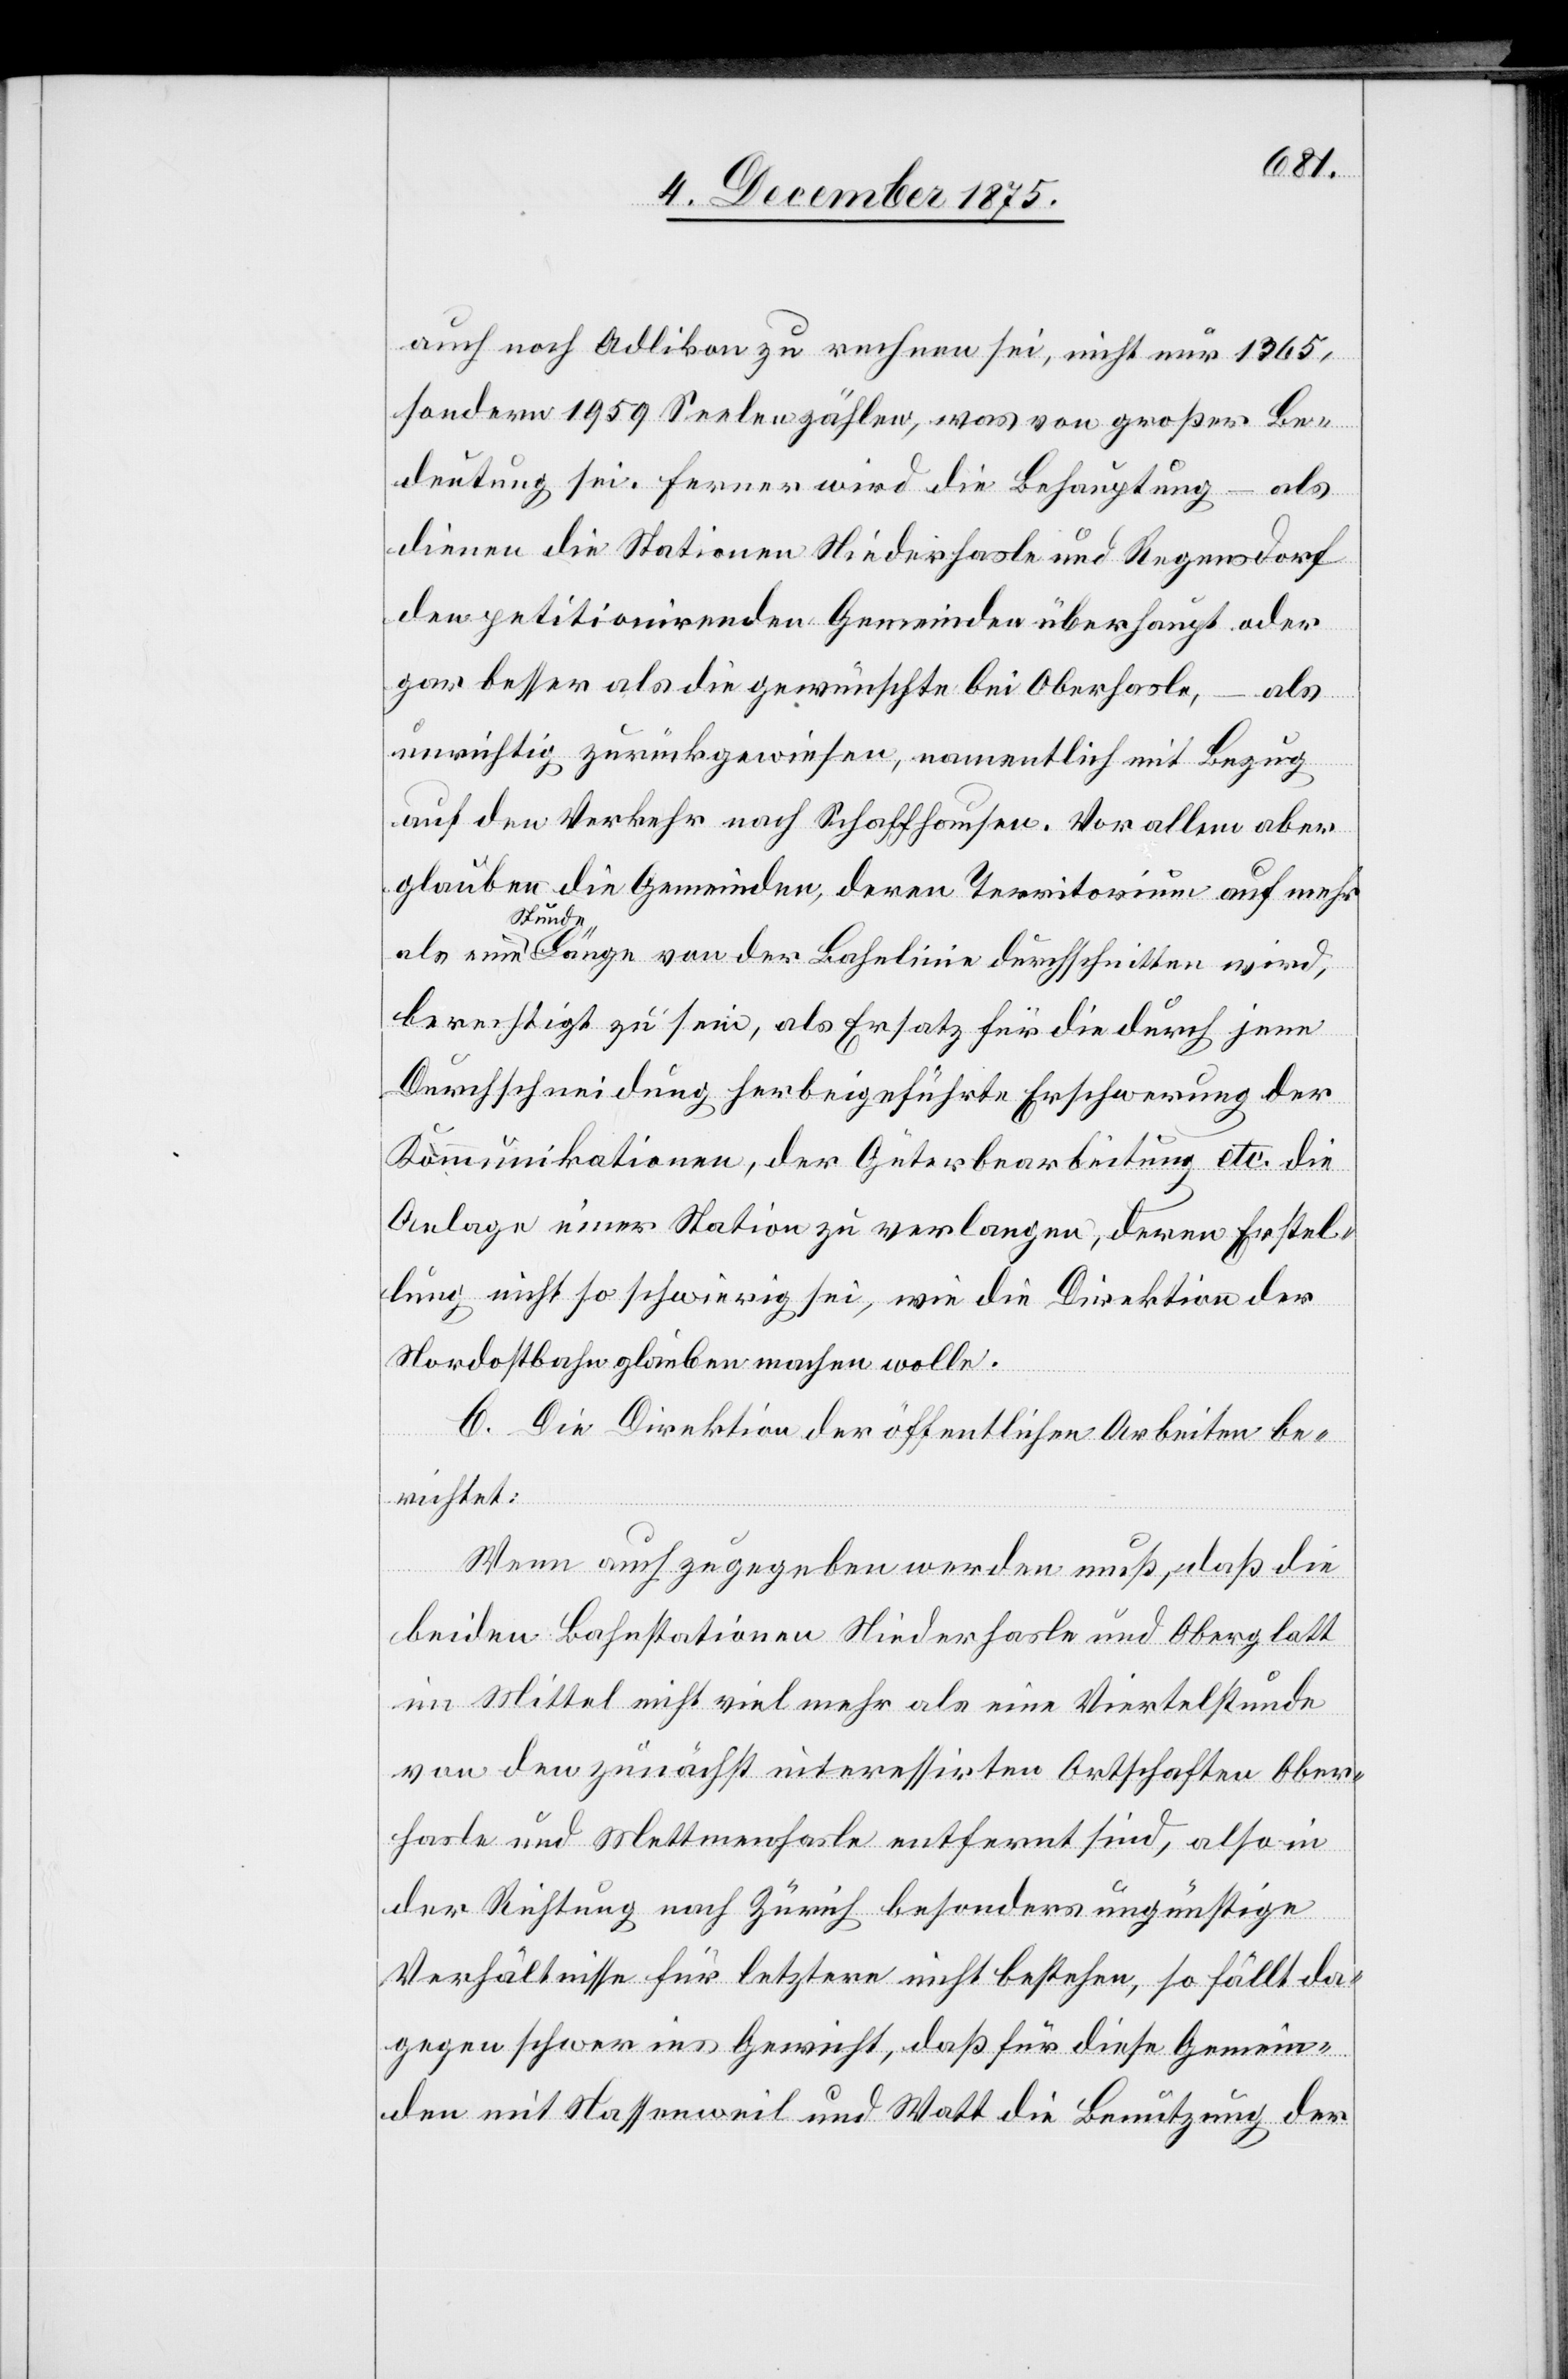
auch noch Adlikon zu rechnen sei, nicht nur 1365,
sondern 1959 Seelen zählen, was von großer Be¬
deutung sei. Ferner wird die Behauptung – als
dienen die Stationen Niederhasle und Regensdorf
den petitionirenden Gemeinden überhaupt oder
gar besser als die gewünschte bei Oberhasle, – als
unrichtig zurückgewiesen, namentlich mit Bezug
auf den Verkehr nach Schaffhausen. Vor allem aber
glauben die Gemeinden, deren Territorium auf mehr
als eine Stunde Länge von der Bahnlinie durchschnitten wird,
berechtigt zu sein, als Ersatz für die durch jene
Durchschneidung herbeigeführte Erschwerung der
Kommunikationen, der Güterbearbeitung etc. die
Anlage einer Station zu verlangen, deren Erstel¬
lung nicht so schwierig sei, wie die Direktion der
Nordostbahn glauben machen wolle.
C. Die Direktion der öffentlichen Arbeiten be¬
richtet:
Wenn auch zugegeben werden muß, daß die
beiden Bahnstationen Niederhasle und Oberglatt
im Mittel nicht viel mehr als eine Viertelstunde
von den zunächst interessirten Ortschafen Ober¬
hasle und Mettmenhasle entfernt sind, also in
der Richtung nach Zürich besonders ungünstige
Verhältnisse für letztere nicht bestehen, so fällt da¬
gegen schwer ins Gewicht, daß für diese Gemein¬
den mit Nassenweil und Watt die Benutzung der